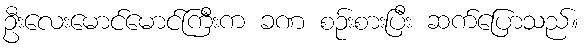
ဦးလေးမောင်မောင်ကြီးက ခဏ စဉ်းစားပြီး ဆက်ပြောသည်။